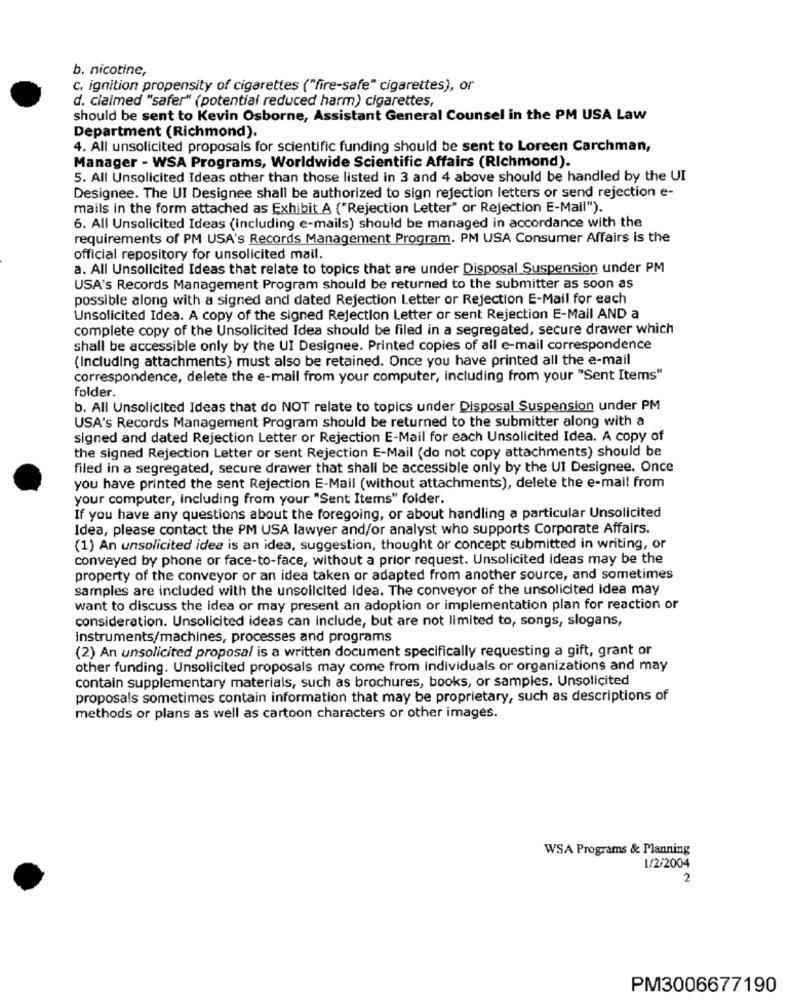
b. nicotine,
C. ignition propensity of cigarettes ("fire-safe" cigarettes), or
d. claimed "safer" (potential reduced harm) cigarettes,
should be sent to Kevin Osborne, Assistant General Counsel in the PM USA Law
Department (Richmond).
4. All unsolicited proposals for scientific funding should be sent to Loreen Carchman,
Manager - WSA Programs, Worldwide Scientific Affairs (Richmond).
5. All Unsolicited Ideas other than those listed in 3 and 4 above should be handled by the UI
Designee. The UI Designee shall be authorized to sign rejection letters or send rejection e-
mails in the form attached as Exhibit A ("Rejection Letter" or Rejection E-Mail").
6. All Unsolicited Ideas (including e-mails) should be managed in accordance with the
requirements of PM USA's Records Management Program. PM USA Consumer Affairs is the
official repository for unsolicited mail.
a. All Unsolicited Ideas that relate to topics that are under Disposal Suspension under PM
USA's Records Management Program should be returned to the submitter as soon as
possible along with a signed and dated Rejection Letter or Rejection E-Mail for each
Unsolicited Idea. A copy of the signed Rejection Letter or sent Rejection E-Mail AND a
complete copy of the Unsolicited Idea should be filed in a segregated, secure drawer which
shall be accessible only by the UI Designee. Printed copies of all e-mail correspondence
(Including attachments) must also be retained. Once you have printed all the e-mail
correspondence, delete the e-mail from your computer, including from your "Sent Items"
folder.
b. All Unsolicited Ideas that do NOT relate to topics under Disposal Suspension under PM
USA's Records Management Program should be returned to the submitter along with a
signed and dated Rejection Letter or Rejection E-Mail for each Unsolicited Idea. A copy of
the signed Rejection Letter or sent Rejection E-Mail (do not copy attachments) should be
filed in a segregated, secure drawer that shall be accessible only by the UI Designee. Once
you have printed the sent Rejection E-Mail (without attachments), delete the e-mail from
your computer, including from your "Sent Items" folder.
If you have any questions about the foregoing, or about handling a particular Unsolicited
Idea, please contact the PM USA lawyer and/or analyst who supports Corporate Affairs.
(1) An unsolicited idea is an idea, suggestion, thought or concept submitted in writing, or
conveyed by phone or face-to-face, without a prior request. Unsolicited Ideas may be the
property of the conveyor or an idea taken or adapted from another source, and sometimes
samples are included with the unsolicited Idea. The conveyor of the unsolicited Idea may
want to discuss the idea or may present an adoption or implementation plan for reaction or
consideration. Unsolicited ideas can include, but are not limited to, songs, slogans,
instruments/machines, processes and programs
(2) An unsolicited proposal is a written document specifically requesting a gift, grant or
other funding. Unsolicited proposals may come from individuals or organizations and may
contain supplementary materials, such as brochures, books, or samples. Unsolicited
proposals sometimes contain information that may be proprietary, such as descriptions of
methods or plans as well as cartoon characters or other images.
WSA Programs & Planning
1/2/2004
2
PM3006677190